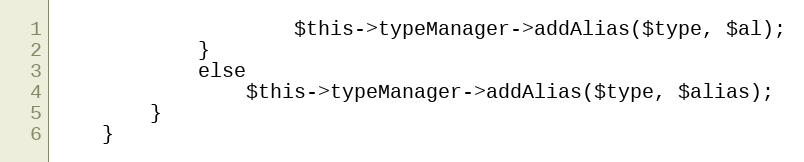
Language: PHP
					$this->typeManager->addAlias($type, $al);
			}
			else
				$this->typeManager->addAlias($type, $alias);
		}
	}